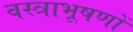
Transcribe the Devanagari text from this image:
वस्‍त्राभूषणों